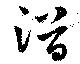
潛